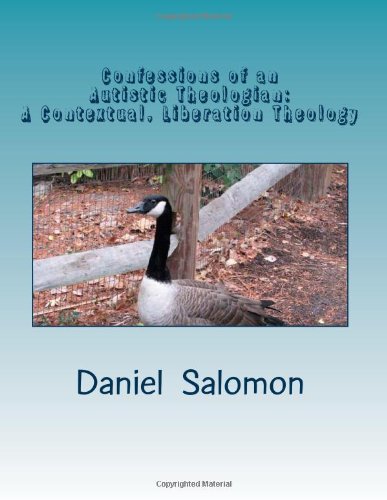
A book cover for Confessions of an Autistic Theologian: Doing Theology in Pictures-A Contextual, Liberation Theology for Humans on the Autism Spectrum; Daniel Aaron Salomon; Christian Books & Bibles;